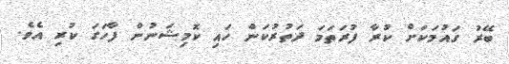
ބޭރު ގައުމަކަށް ކުރާ ފުރަތަމަ ދަތުރުކަން ހައި ކޮމިޝަނުން ފާހަގަ ކުރި އެވެ.